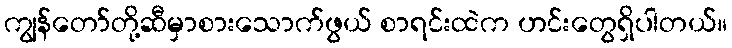
ကျွန်တော်တို့ဆီမှာစားသောက်ဖွယ် စာရင်းထဲက ဟင်းတွေရှိပါတယ်။